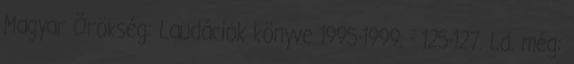
Magyar Örökség: Laudációk könyve 1995-1999. - 125-127. Ld. még: